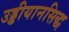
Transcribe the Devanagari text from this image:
उड्डीयानसिद्ध